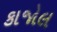
કાજોલ